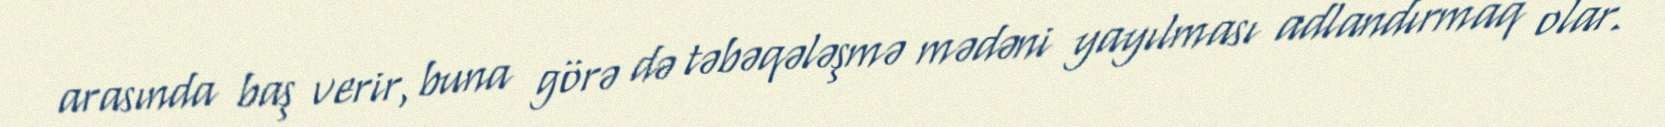
arasında baş verir, buna görə də təbəqələşmə mədəni yayılması adlandırmaq olar.